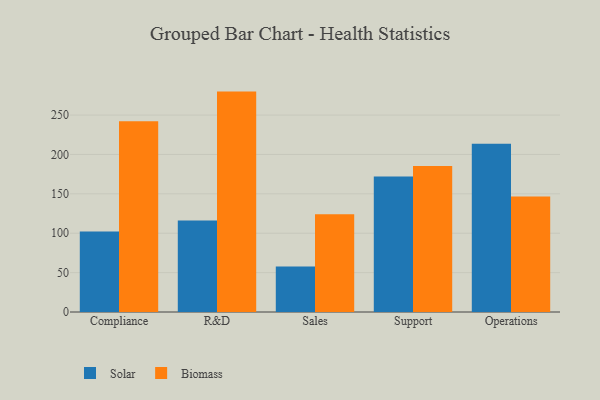
{"axis": {"x": "Department", "y": "Active Users"}, "legend": ["Biomass", "Solar"], "data": [{"x": "Compliance", "y": 102.3, "type": "Solar"}, {"x": "Compliance", "y": 242.1, "type": "Biomass"}, {"x": "R&D", "y": 116.2, "type": "Solar"}, {"x": "R&D", "y": 279.8, "type": "Biomass"}, {"x": "Sales", "y": 57.7, "type": "Solar"}, {"x": "Sales", "y": 124.0, "type": "Biomass"}, {"x": "Support", "y": 172.0, "type": "Solar"}, {"x": "Support", "y": 185.5, "type": "Biomass"}, {"x": "Operations", "y": 213.6, "type": "Solar"}, {"x": "Operations", "y": 146.6, "type": "Biomass"}]}